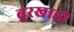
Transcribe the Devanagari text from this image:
बुरखाही